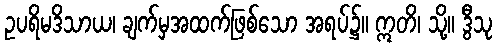
ဥပရိမဒိသာယ၊ ချက်မှအထက်ဖြစ်သော အရပ်၌။ ဣတိ၊ သို့။ ဒွီသု